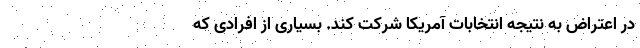
در اعتراض به نتیجه انتخابات آمریکا شرکت کند. بسیاری از افرادی که